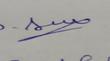
Signature authenticity: genuine